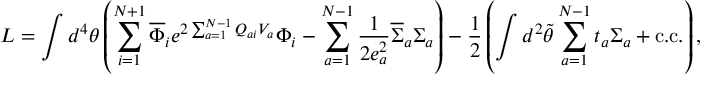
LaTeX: L = \int d ^ { 4 } \theta \left( \sum _ { i = 1 } ^ { N + 1 } \overline { { { \Phi } } } _ { i } e ^ { 2 \sum _ { a = 1 } ^ { N - 1 } Q _ { a i } V _ { a } } \Phi _ { i } - \sum _ { a = 1 } ^ { N - 1 } \frac { 1 } { 2 e _ { a } ^ { 2 } } \overline { { { \Sigma } } } _ { a } \Sigma _ { a } \right) - \frac { 1 } { 2 } \left( \int d ^ { 2 } \widetilde { \theta } \sum _ { a = 1 } ^ { N - 1 } t _ { a } \Sigma _ { a } + \mathrm { c . c . } \right) ,